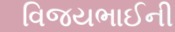
વિજયભાઈની